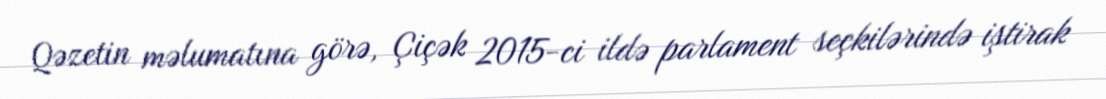
Qəzetin məlumatına görə, Çiçək 2015-ci ildə parlament seçkilərində iştirak